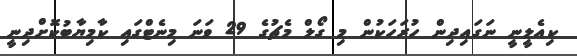
ކިއެލީނީ ނަގައިދިން ހުރަހަކުން މި ގޯލް މެޗުގެ 29 ވަނަ މިނެޓްގައި ކާމިޔާބުކޮށްދިނީ